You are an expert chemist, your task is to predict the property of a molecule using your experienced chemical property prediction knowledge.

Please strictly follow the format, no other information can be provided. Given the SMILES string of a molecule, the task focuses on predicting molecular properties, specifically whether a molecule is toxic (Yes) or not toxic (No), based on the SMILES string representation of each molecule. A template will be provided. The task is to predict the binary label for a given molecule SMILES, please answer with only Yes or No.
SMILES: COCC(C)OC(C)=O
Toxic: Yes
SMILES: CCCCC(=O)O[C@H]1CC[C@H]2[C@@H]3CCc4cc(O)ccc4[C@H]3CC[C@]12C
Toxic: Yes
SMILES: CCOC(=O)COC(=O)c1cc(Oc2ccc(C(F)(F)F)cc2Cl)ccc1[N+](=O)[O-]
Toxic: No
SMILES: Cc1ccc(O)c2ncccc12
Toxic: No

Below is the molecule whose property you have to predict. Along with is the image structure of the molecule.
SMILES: CC(=O)O[C@H]1CC[C@@]2(C)C(=CC[C@H]3[C@@H]4CC[C@H](C(C)=O)[C@@]4(C)CC[C@@H]32)C1
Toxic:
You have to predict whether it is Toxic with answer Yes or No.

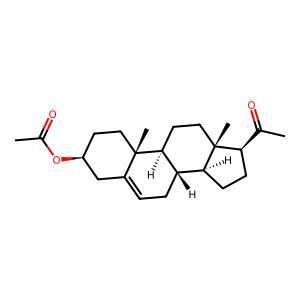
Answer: Yes